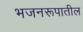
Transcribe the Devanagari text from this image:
भजनरूपातील